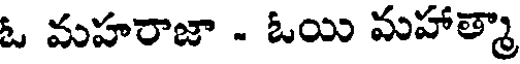
ఓ మహరాజా - ఓయి మహాత్మా